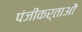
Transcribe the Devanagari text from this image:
पंजीकर्ताओं